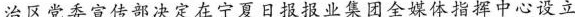
治区党委宣传部决定在宁夏日报报业集团全媒体指挥中心设立